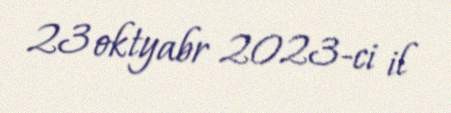
23 oktyabr 2023-ci il